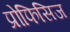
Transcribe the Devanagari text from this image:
प्रोफिसिज